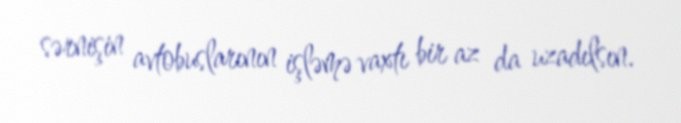
sərnişin avtobuslarının işləmə vaxtı bir az da uzadılsın.